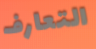
التعارف